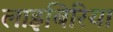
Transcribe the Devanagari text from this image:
लाइबिरिया